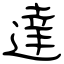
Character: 達